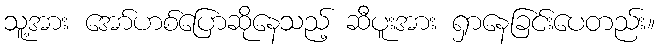
သူ့အား အော်ဟစ်ပြောဆိုနေသည့် ဆီပူးအား ရှာနေခြင်းပေတည်း။